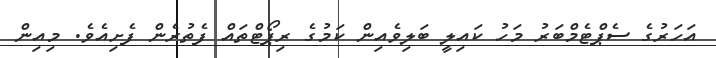
އަހަރުގެ ސެޕްޓެމްބަރު މަހު ކައިލީ ބަލިވެއިން ކަމުގެ ރިޕޯޓްތައް ފެތުރެން ފެށިއެވެ. މިއިން